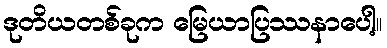
ဒုတိယတစ်ခုက မြေယာပြဿနာပေါ့။